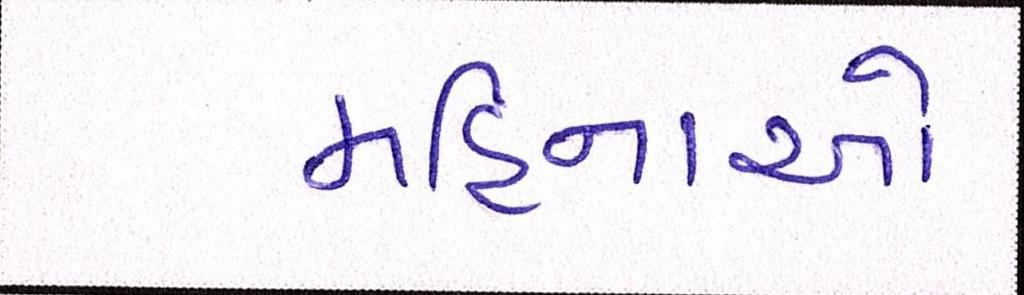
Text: મહિનાઓ